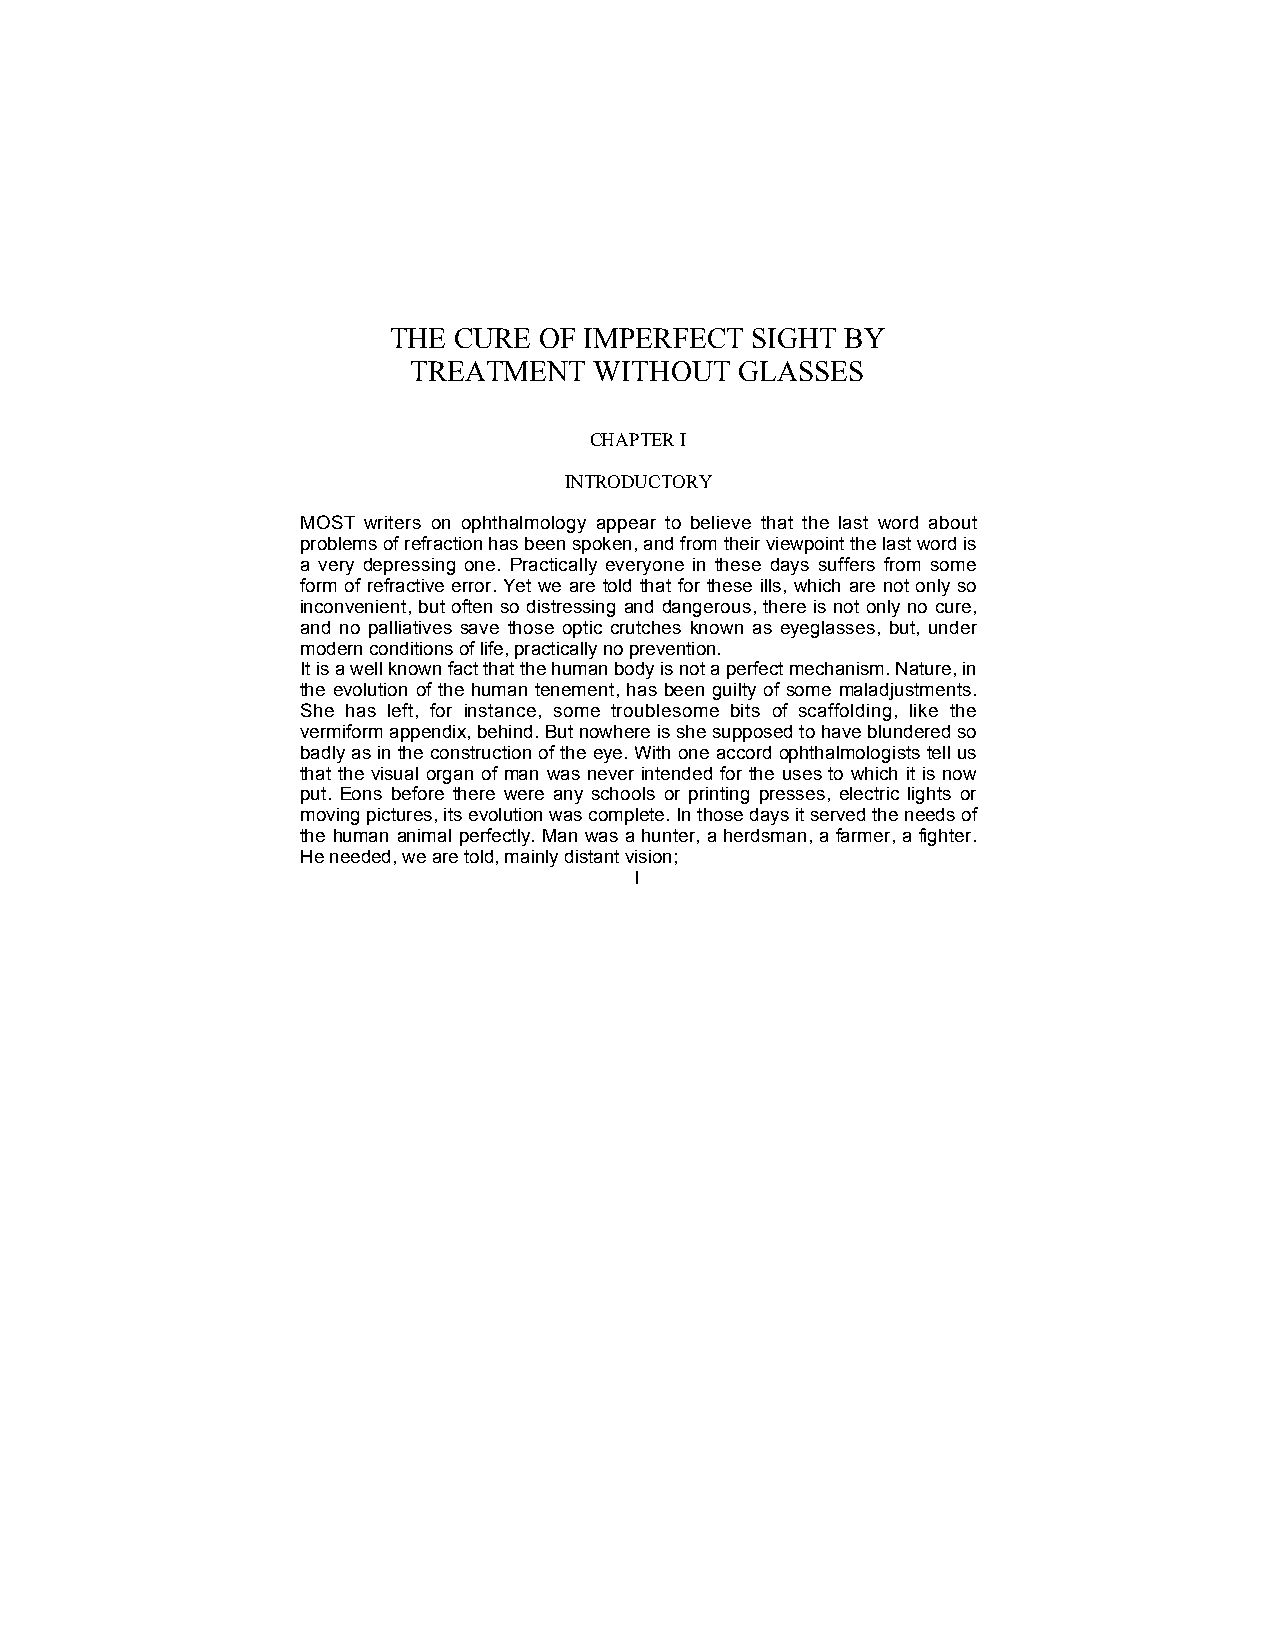
THE CURE  OF IMPERFECT  SIGHT BY
 TREATMENT   WITHOUT   GLASSES
 CHAPTER I
 INTRODUCTORY
 MOST writers on ophthalmology appear to believe that the last word about
 problems of refraction has been spoken, and from their viewpoint the last word is
 a very depressing one. Practically everyone in these days suffers from some
 form of refractive error. Yet we are told that for these ills, which are not only so
 inconvenient, but often so distressing and dangerous, there is not only no cure,
 and no palliatives save those optic crutches known as eyeglasses, but, under
 modern conditions of life, practically no prevention.
 It is a well known fact that the human body is not a perfect mechanism. Nature, in
 the evolution of the human tenement, has been guilty of some maladjustments.
 She has left, for instance, some troublesome bits of scaffolding, like the
 vermiform appendix, behind. But nowhere is she supposed to have blundered so
 badly as in the construction of the eye. With one accord ophthalmologists tell us
 that the visual organ of man was never intended for the uses to which it is now
 put. Eons before there were any schools or printing presses, electric lights or
 moving pictures, its evolution was complete. In those days it served the needs of
 the human animal perfectly. Man was a hunter, a herdsman, a farmer, a fighter.
 He needed, we are told, mainly distant vision;
 l